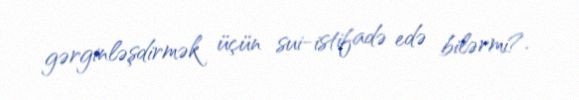
gərginləşdirmək üçün sui-istifadə edə bilərmi?.